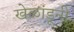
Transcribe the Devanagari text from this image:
खेळांडूनी